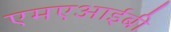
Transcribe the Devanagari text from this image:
एमएआईबी